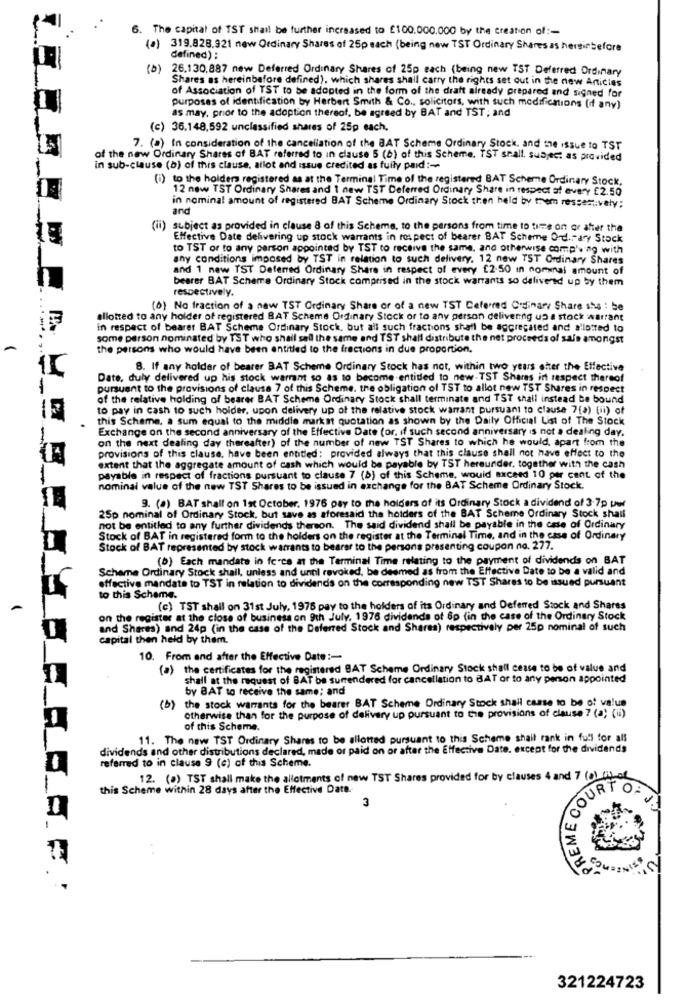
6. The capital of TST shall be further increased to £100.000.000 by the creation of :-
(a) 319.828.921 new Ordinary Shares of 25p each (being new TST Ordinary Shares as hersinbefore
defined) :
(0)
26.130.887 new Deferred Ordinary Shares of 25p each (being new TST Deferred Ordinary
Shares as hereinbefore defined), which shares shall carry the rights set out in the new Articles
of Association of TST to be adopted in the form of the draft already prepared and signed for
as may. prior to the adoption thereof, be agreed by BAT and TST; and
purposes of identification by Herbert Smith & Co ., solicitors, with such modifications (if any)
(c) 36.148,592 unclassified shares of 25p each.
7. (a) In consideration of the cancellation of the BAT Scheme Ordinary Stock, and the issue to TST
of the new Ordinary Shares of BAT referred to in clause 5 (6) of this Scheme. TST shall, subject as provided
in sub-clause (b) of this clause, allot and issue credited as fully paid :-
(i) to the holders registered as at the Terminal Time of the registered BAT Scheme Ordinary Stock,
12 new TST Ordinary Shares and 1 new TST Deferred Ordinary Share in respect of every £2.50
in nominal amount of registered BAT Scheme Ordinary Stock then held by trem ressestively;
and
(ii) subject as provided in clause 8 of this Scheme, to the persons from time to time on or after the
Effective Date delivering up stock warrants in respect of bearer BAT Scheme Ord."ary Stock
to TST or to any person appointed by TST to receive the same, and otherwise comp'w ag with
any conditions imposed by TST in relation to such delivery. 12 new TST Ordinary Shares
and 1 new TST Deferred Ordinary Share in respect of every [2-50 in nominal amount of
bearer BAT Scheme Ordinary Stock comprised in the stock warrants so delivered up by them
respectively.
(6) No fraction of a new TST Ordinary Share or of a new TST Deferred Ordinary Share she : be
allotted to any holder of registered BAT Scheme Ordinary Stock or to any person delivering up a stock warrant
in respect of bearer BAT Scheme Ordinary Stock, but all such fractions shall be aggregated and allotted to
some person nominated by TST who shall sell the same and TST shall distribute the net proceeds of sale amongst
the persons who would have been entitled to the fractions in due proportion,
8. If any holder of bearer BAT Scheme Ordinary Stock has not, within two years after the Effective
Date, duly delivered up his stock warrant so as to become entitled to new-TST Shares in respect thereof
pursuant to the provisions of clause 7 of this Scheme. the obligation of TST to allot new TST Shares in respect
of the relative holding of bearer BAT Scheme Ordinary Stock shall terminate and TST shall instead be bound
to pay in cash to such holder, upon delivery up of the relative stock warrant pursuant to clause 7(a) (ii) of
this Schame, a sum equal to the middle markst quotation as shown by the Daily Official List of The Stock
Exchange on the second anniversary of the Effective Date (or, if such second anniversary is not a dealing day.
on the next dealing day thereafter) of the number of new TST Shares to which he would, apart from the
provisions of this clause, have been entitled: provided always that this clause shall not have effect to the
extent that the aggregate amount of cash which would be payable by TST hereunder, together with the cash
payable in respect of fractions pursuant to clause 7 (b) of this Scheme, would exceed 10 per cent of the
nominal value of the new TST Shares to be issued in exchange for the BAT Scheme Ordinary Stock.
9. (0) BAT shall on 1st October. 1976 pay to the holders of its Ordinary Stock a dividend of 3.7p uw
25p nominal of Ordinary Stock, but save as aforesaid the holders of the BAT Scheme Ordinary Stock shall
not be entitled to any further dividends thereon. The said dividend shall be payable in the case of Ordinary
Stock of BAT in registered form to the holders on the register at the Terminal Time, and in the case of Ordinary
Stock of BAT represented by stock warrants to bearer to the persons presenting coupon no. 277.
(0) Each mandate in ferce at the Terminal Time relating to the payment of dividends on BAT
Scheme Ordinary Stock shall, unless and unnl revoked, be deemed as from the Effective Date to be a valid and
effective mandate to TST in relation to dividends on the corresponding new TST Shares to be issued pursuant
to this Scheme.
(c) TST shall on 31st July, 1976 pay to the holders of its Ordinary and Deferred Stock and Shares
on the register at the close of business on 9th July, 1976 dividends of 6p (in the case of the Ordinary Stock
and Shares) and 24p (in the case of the Deferred Stock and Shares) respectively per 25p nominal of such
capital then held by them.
10. From and after the Effective Date :-
(a) the certificates for the registered BAT Scheme Ordinary Stock shall cease to be of value and
shall at the request of BAT be surrendered for cancellation to BAT or to any person appointed
by BAT to receive the same; and
(b) the stock warrants for the bearer BAT Scheme Ordinary Stock shail casse to be of value
otherwise than for the purpose of delivery up pursuant to the provisions of clause 7 (a) (ii)
of this Scheme.
11. The new TST Ordinary Shares to be allotted pursuant to this Scheme shall rank in full for all
dividends and other distributions declared, made of paid on or after the Effective Date. except for the dividends
referred to in clause 9 (e) of this Scheme.
12. (a) TST shall make the allotments of new TST Shares provided for by clauses 4 and 7 (a) (i) of
PREME COUR
this Scheme within 28 days after the Effective Date.
3
321224723